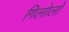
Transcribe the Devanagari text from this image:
गिलोलो